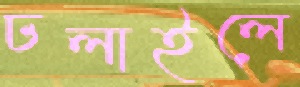
ঢলাইলে